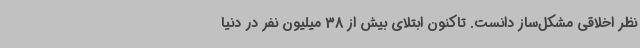
نظر اخلاقی مشکل‌ساز دانست. تاکنون ابتلای بیش از 38 میلیون نفر در دنیا